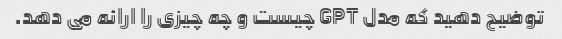
توضیح دهید که مدل GPT چیست و چه چیزی را ارائه می دهد.